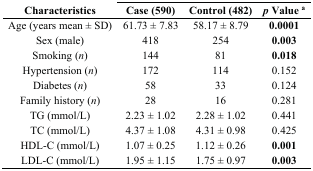
| Characteristics | Case (590) | Control (482) | p Value a |
 | --- | --- | --- | --- |
 | Age (years mean ± SD) | 61.73 ± 7.83 | 58.17 ± 8.79 | 0.0001 |
 | Sex (male) | 418 | 254 | 0.003 |
 | Smoking (n) | 144 | 81 | 0.018 |
 | Hypertension (n) | 172 | 114 | 0.152 |
 | Diabetes (n) | 58 | 33 | 0.124 |
 | Family history (n) | 28 | 16 | 0.281 |
 | TG (mmol/L) | 2.23 ± 1.02 | 2.28 ± 1.02 | 0.441 |
 | TC (mmol/L) | 4.37 ± 1.08 | 4.31 ± 0.98 | 0.425 |
 | HDL-C (mmol/L) | 1.07 ± 0.25 | 1.12 ± 0.26 | 0.001 |
 | LDL-C (mmol/L) | 1.95 ± 1.15 | 1.75 ± 0.97 | 0.003 |